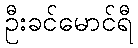
ဦးခင်မောင်ရီ